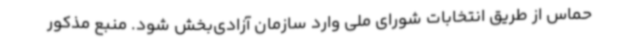
حماس از طریق انتخابات شورای ملی وارد سازمان آزادی‌بخش شود. منبع مذکور